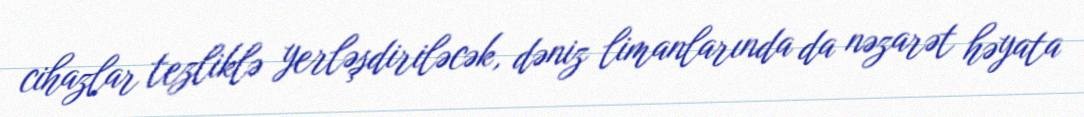
cihazlar tezliklə yerləşdiriləcək, dəniz limanlarında da nəzarət həyata